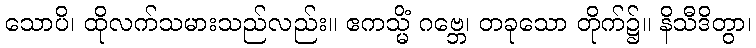
သောပိ၊ ထိုလက်သမားသည်လည်း။ ဧကသ္မိံ ဂဗ္ဘေ၊ တခုသော တိုက်၌။ နိသီဒိတွာ၊